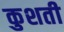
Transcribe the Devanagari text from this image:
कुशती